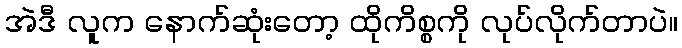
အဲဒီ လူက နောက်ဆုံးတော့ ထိုကိစ္စကို လုပ်လိုက်တာပဲ။